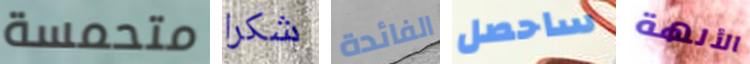
متحمسة شكرا الفائدة ساحصل الألهة